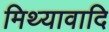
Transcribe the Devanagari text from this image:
मिथ्यावादि